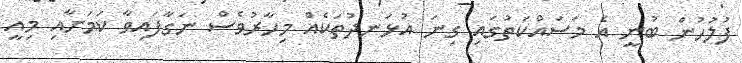
ފުުލުހުން ބުނީ އެ މަސައްކަތުގައި ގިނަ އުޅަނދުތަކެއް މިހާރުވެސް ނަގާފައިވާ ކަމަށާއި މިއީ